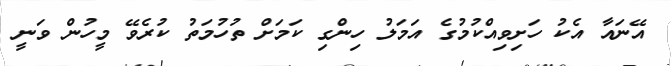
އޭނައާ އެކު ހަށިވިއްކުމުގެ އަމަލު ހިންގި ކަމަށް ތުހުމަތު ކުރެވޭ މީހުން ވަނީ